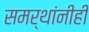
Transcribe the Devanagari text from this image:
समर्थांनीही